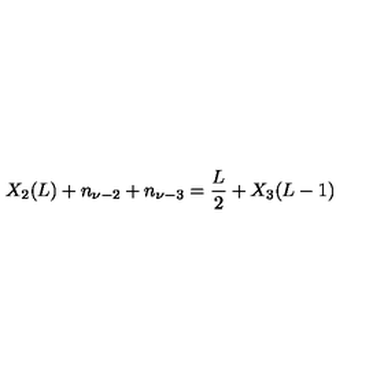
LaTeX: X _ { 2 } ( L ) + n _ { \nu - 2 } + n _ { \nu - 3 } = \frac { L } { 2 } + X _ { 3 } ( L - 1 )